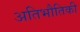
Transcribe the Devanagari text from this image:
अतिभौतिकी